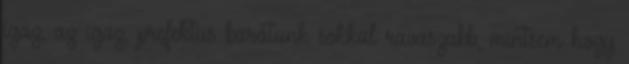
igaz, az igaz, prefektus barátunk sokkal ravaszabb, mintsem hogy